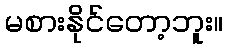
မစားနိုင်တော့ဘူး။